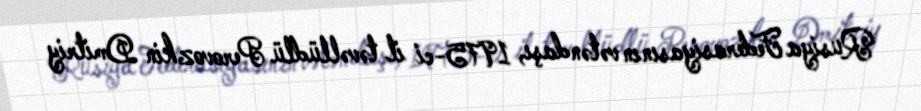
Rusiya Federasiyasının vətəndaşı, 1975-ci il təvəllüdlü Perovozkin Dmitriy